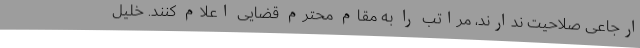
ارجاعی صلاحیت ندارند، مراتب را به مقام محترم قضایی اعلام کنند. خلیل